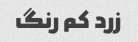
زرد کم رنگ